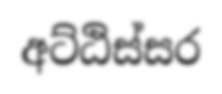
අට්ඨිස්සර